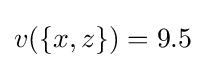
v(\{x,z\})=9.5